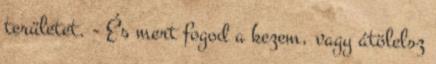
területet. - És mert fogod a kezem, vagy átölelsz